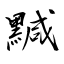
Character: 黬